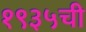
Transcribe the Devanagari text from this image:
१९३५ची